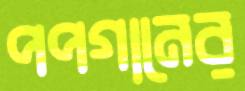
পপগানের